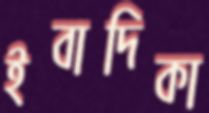
ইবাদিকা